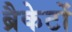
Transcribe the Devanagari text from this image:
ब्रैकेटों